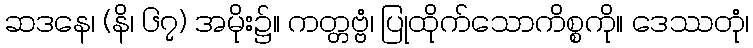
ဆဒနေ၊ (နိ၊ ၆၇) အမိုး၌။ ကတ္တဗ္ဗံ၊ ပြုထိုက်သောကိစ္စကို။ ဒေဿတုံ၊